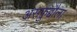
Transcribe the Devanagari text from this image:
असफ़ुद्दौला